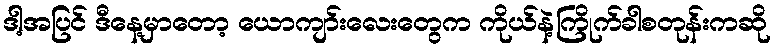
ဒါ့အပြင် ဒီနေ့မှာတော့ ယောကျာ်းလေးတွေက ကိုယ်နဲ့ကြိုက်ခါစတုန်းကဆို